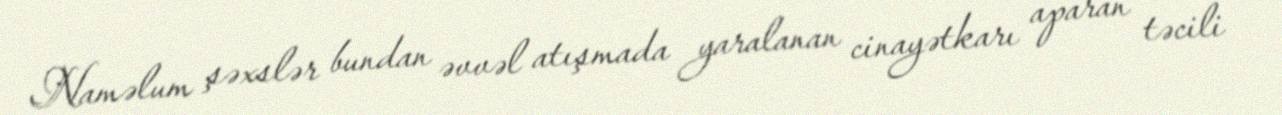
Naməlum şəxslər bundan əvvəl atışmada yaralanan cinayətkarı aparan təcili